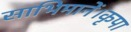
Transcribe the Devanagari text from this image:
साभिमानें।कृपा